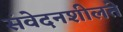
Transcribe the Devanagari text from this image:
संवेदनशीलते